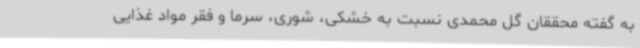
به گفته محققان گل محمدی نسبت به خشکی، شوری، سرما و فقر مواد غذایی